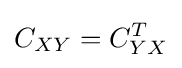
C_{XY}=C_{YX}^{T}